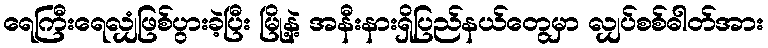
ရေကြီးရေလျှံဖြစ်ပွားခဲ့ပြီး မြို့နဲ့ အနီးနားရှိပြည်နယ်တွေမှာ လျှပ်စစ်ဓါတ်အား